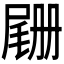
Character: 𫵡